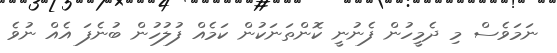
ނަމަވެސް މި ދެމީހުން ފެނުނީ ކޮންތަނަކުން ކަމެއް ފުލުހުން ބުނެފަ އެއް ނުވެ